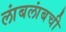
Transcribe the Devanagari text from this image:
लांबलांबची